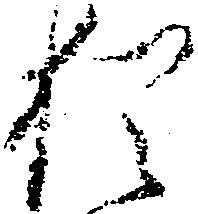
猶